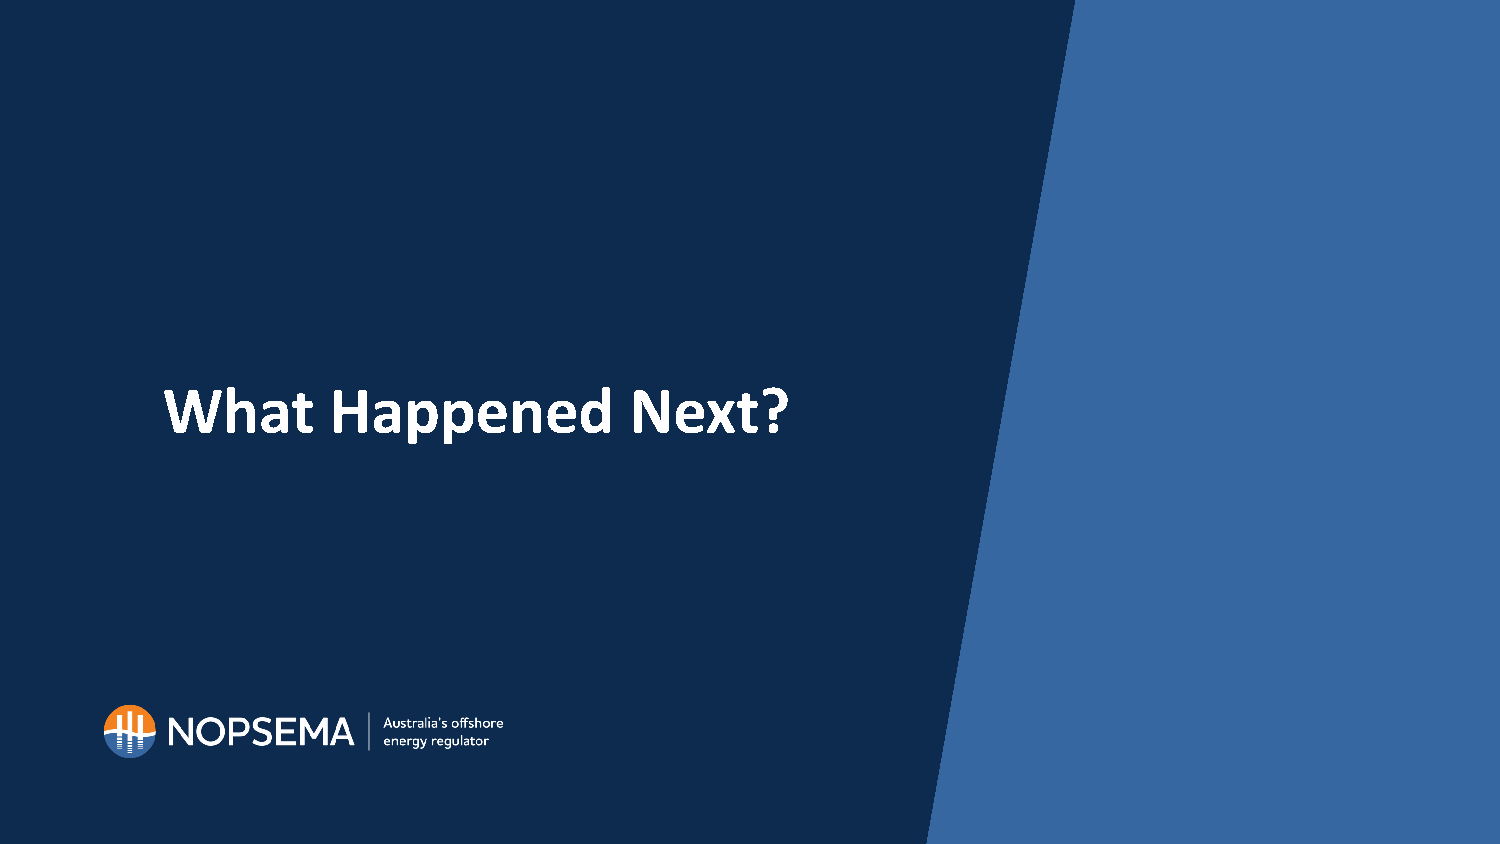
What       Happened            Next?